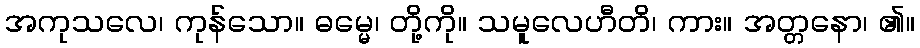
အကုသလေ၊ ကုန်သော။ ဓမ္မေ၊ တို့ကို။ သမူလေဟီတိ၊ ကား။ အတ္တနော၊ ၏။